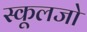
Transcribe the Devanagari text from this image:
स्कूलजो